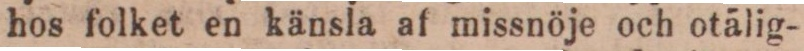
hos folket en känsla af missnöje och otålig-